Annual report of the Punjab Veterinary College and of the Civil Veterinary Department, Punjab - 1909-1919
Year: 1909
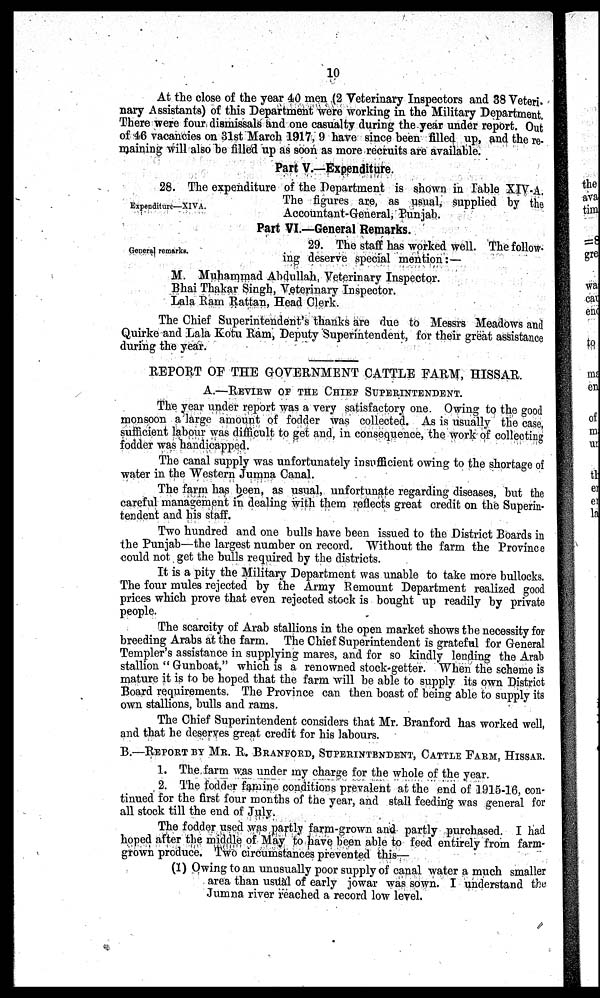
10
At the close of the year 40 men (2 Veterinary Inspectors and 38 Veteri
nary Assistants) of this Department were working in the Military Department.
There were four dismissals and one casualty during the year under report. Out
of 46 vacancies on 31st March 1917, 9 have since been filled up, and the re-
maining will also be filled up as soon as more recruits are available.
Part V.—Expenditure.
Expenditure—XIVA.
28. The expenditure of the Department is shown in Table XIV-A.
The figures are, as usual, supplied by the
Accountant-General, Punjab.
Part VI.—General Remarks.
General remarks.
29. The staff has worked well. The follow-
ing deserve special mention:—
M. Muhammad Abdullah, Veterinary Inspector.
Bhai Thakar Singh, Veterinary Inspector.
Lala Ram Rattan, Head Clerk.
The Chief Superintendent's thanks are due to Messrs Meadows and
Quirke and Lala Kotu Ram, Deputy Superintendent, for their great assistance
during the year.
REPORT OF THE GOVERNMENT CATTLE FARM, HISSAR.
A—REVIEW OF THE CHIEF SUPERINTENDENT.
The year under report was a very satisfactory one. Owing to the good
monsoon a large amount of fodder was collected. As is usually the case,
sufficient labour was difficult to get and, in consequence, the work of collecting
fodder was handicapped.
The canal supply was unfortunately insufficient owing to the shortage of
water in the Western Jumna Canal.
The farm has been, as usual, unfortunate regarding diseases, but the
careful management in dealing with them reflects great credit on the Superin-
tendent and his staff.
Two hundred and one bulls have been issued to the District Boards in
the Punjab—the largest number on record. Without the farm the Province
could not get the bulls required by the districts.
It is a pity the Military Department was unable to take more bullocks.
The four mules rejected by the Army Remount Department realized good
prices which prove that even rejected stock is bought up readily by private
people.
The scarcity of Arab stallions in the open market shows the necessity for
breeding Arabs at the farm. The Chief Superintendent is grateful for General
Templer's assistance in supplying mares, and for so kindly lending the Arab
stallion " Gunboat," which is a renowned stock-getter. When the scheme is
mature it is to be hoped that the farm will be able to supply its own District
Board requirements. The Province can then boast of being able to supply its
own stallions, bulls and rams.
The Chief Superintendent considers that Mr. Branford has worked well,
and that he deserves great credit for his labours.
B.—REPORT BY MR. R. BRANFORD, SUPERINTENDENT, CATTLE FARM, HISSAR.
1. The farm was under my charge for the whole of the year.
2. The fodder famine conditions prevalent at the end of 1915-16, con-
tinued for the first four months of the year, and stall feeding was general for
all stock till the end of July.
The fodder used was partly farm-grown and partly purchased. I had
hoped after the middle of May to have been able to feed entirely from farm-
grown produce. Two circumstances prevented this—
(1) Owing to an unusually poor supply of canal water a much smaller
area than usual of early jowar was sown. I understand the
Jumna river reached a record low level.